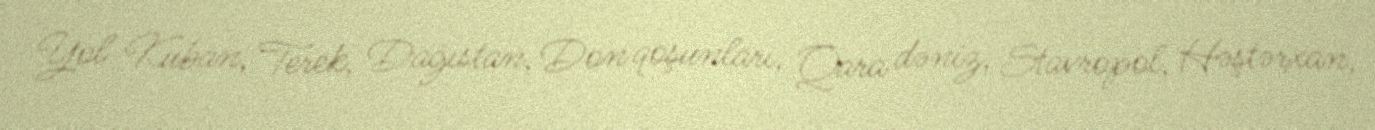
Yol Kuban, Terek, Dağıstan, Don qoşunları, Qara dəniz, Stavropol, Həştərxan,